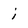
Character: j